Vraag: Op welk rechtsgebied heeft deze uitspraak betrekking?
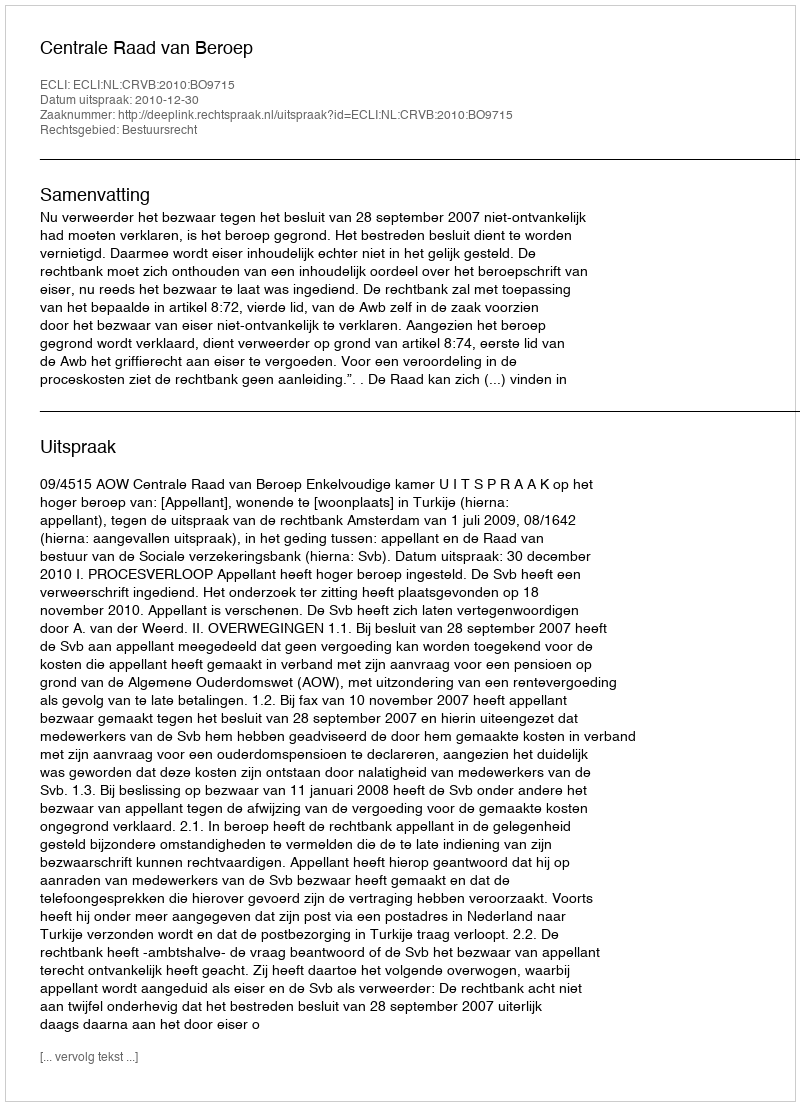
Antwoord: Bestuursrecht